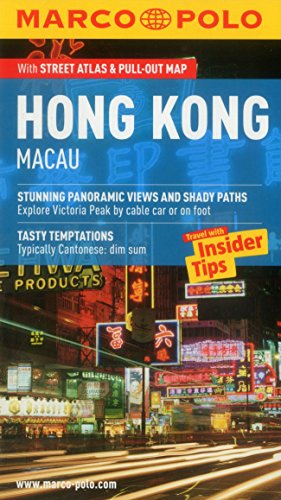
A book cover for Hong Kong (Macau) Marco Polo Guide (Marco Polo Guides); Marco Polo Travel; Travel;